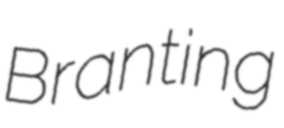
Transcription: Branting